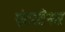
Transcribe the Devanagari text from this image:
एंटरटैनर्स